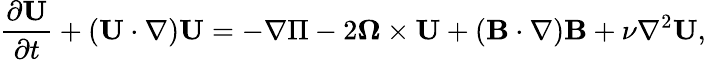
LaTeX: \frac{\partial\mathbf{U}}{\partial t}+\left(\mathbf{U}\cdot\nabla\right)\mathbf{U}=-\nabla\Pi-2\boldsymbol{\Omega}\times\mathbf{U}+\left(\mathbf{B}\cdot\nabla\right)\mathbf{B}+\nu\nabla^{2}\mathbf{U},